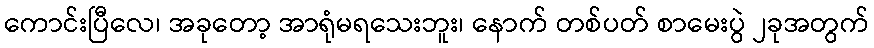
ကောင်းပြီလေ၊ အခုတော့ အာရုံမရသေးဘူး၊ နောက် တစ်ပတ် စာမေးပွဲ ၂ခုအတွက်